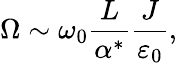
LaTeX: \Omega\sim\omega_{0}\frac{L}{\alpha^{*}}\frac{J}{\varepsilon_{0}},